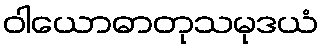
ဝါယောဓာတုသမုဒယံ